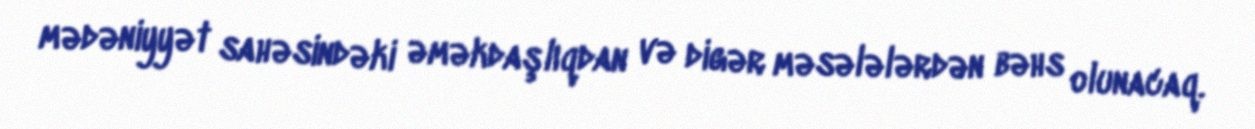
mədəniyyət sahəsindəki əməkdaşlıqdan və digər məsələlərdən bəhs olunacaq.